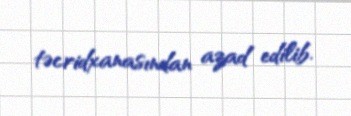
təcridxanasından azad edilib.